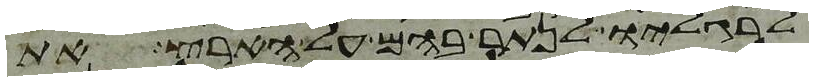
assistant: לרגליו לנתר בהם על הארץ את